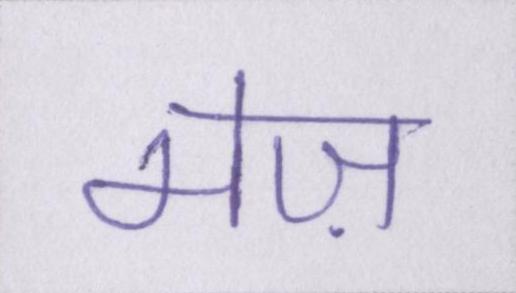
मेज़